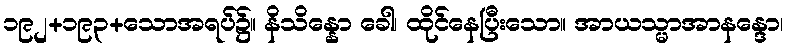
၁၉၂+၁၉၃+သောအရပ်၌။ နိသိန္နော ခေါ၊ ထိုင်နေပြီးသော။ အာယသ္မာအာနန္ဒော၊